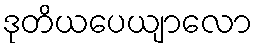
ဒုတိယပေယျာလော